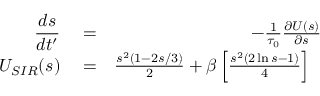
\begin{array} { r l r } { \displaystyle \frac { d s } { d t ^ { \prime } } } & { { } = } & { - \frac { 1 } { \tau _ { 0 } } \frac { \partial U ( s ) } { \partial s } } \\ { U _ { S I R } ( s ) } & { { } = } & { \frac { s ^ { 2 } ( 1 - 2 s / 3 ) } { 2 } + \beta \left[ \frac { s ^ { 2 } ( 2 \ln { s } - 1 ) } { 4 } \right] ~ ~ } \end{array}